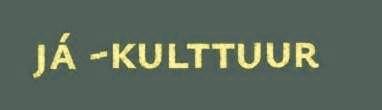
já -kulttuur